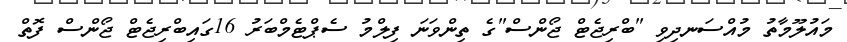
މައުލޫމާތު މުއްސަނދިވި "ބްރިޖެޓް ޖޯންސް"ގެ ތިންވަނަ ފިލްމު ސެޕްޓެމްބަރު 16ގައިބްރިޖެޓް ޖޯންސް ފޮތް